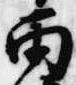
雨